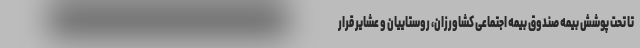
تا تحت پوشش بیمه صندوق بیمه اجتماعی کشاورزان، روستاییان و عشایر قرار